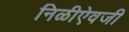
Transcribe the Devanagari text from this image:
निळीऐवजी